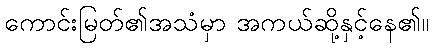
ကောင်းမြတ်၏အသံမှာ အကယ်ဆို့နှင့်နေ၏။